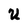
Character: U